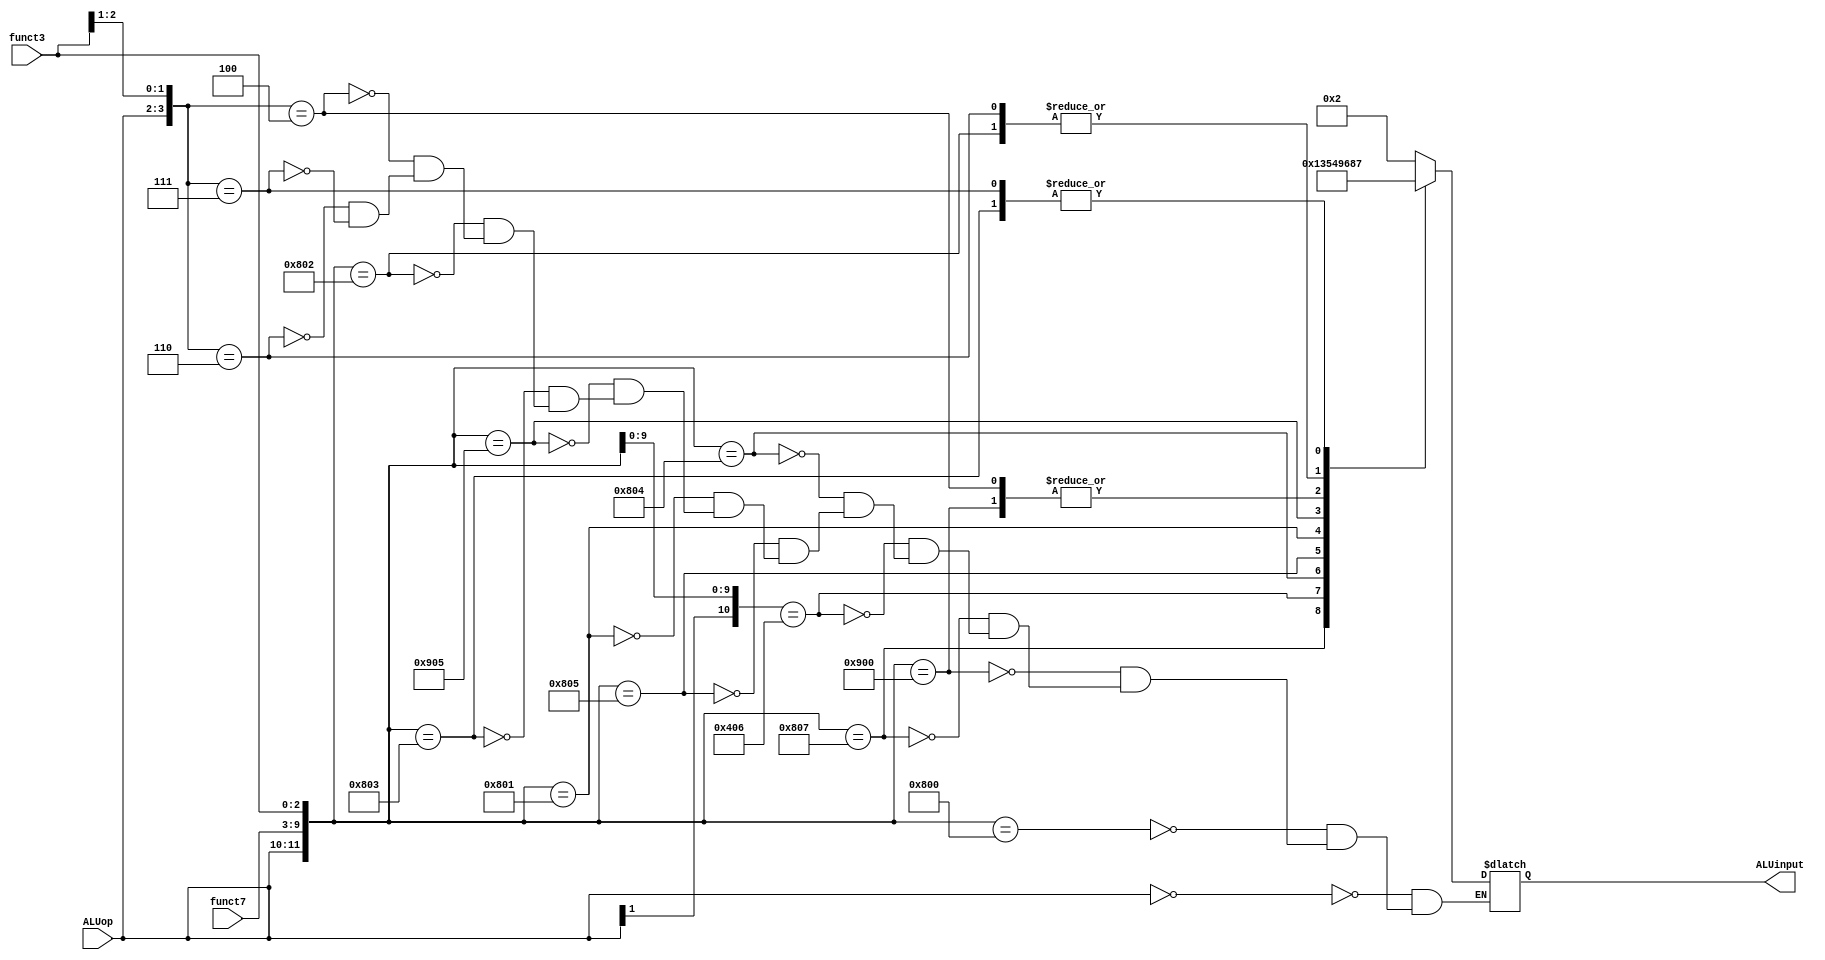
`timescale 1ns / 1ps
//////////////////////////////////////////////////////////////////////////////////
// Company: 
// Engineer: 
// 
// Design Name: 
// Module Name: ALUcontrol
// Project Name: 
// Target Devices: 
// Tool Versions: 
// Description: 
// 
// Dependencies: 
// 
// Revision:
// Revision 0.01 - File Created
// Additional Comments:
// 
//////////////////////////////////////////////////////////////////////////////////


module ALUcontrol(input [1:0] ALUop,
                  input [6:0] funct7,
                  input [2:0] funct3,
                  output reg [3:0] ALUinput);

always@(ALUop, funct7, funct3) 
begin
    casex({ALUop, funct7, funct3})
        12'b00xxxxxxxxxx: ALUinput = 4'b0010; // ld, sd
        12'b100000000000: ALUinput = 4'b0010; // add
        12'b100100000000: ALUinput = 4'b0110; // sub
        12'b100000000111: ALUinput = 4'b0000; // and
        12'b1x0000000110: ALUinput = 4'b0001; // or
        12'b100000000100: ALUinput = 4'b0011; // xor
        12'b100000000101: ALUinput = 4'b0101; // srl, srli
        12'b100000000001: ALUinput = 4'b0100; // sll, slli
        12'b100100000101: ALUinput = 4'b1001; // sra, srai
        12'b100000000011: ALUinput = 4'b0111; // sltu
        12'b100000000010: ALUinput = 4'b1000; // slt
        12'b01xxxxxxx00x: ALUinput = 4'b0110; // beq, bne
        12'b01xxxxxxx10x: ALUinput = 4'b1000; // blt, bge
        12'b01xxxxxxx11x: ALUinput = 4'b0111; // bltu, bgeu
    endcase
end
endmodule